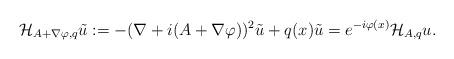
LaTeX: \begin{align*}\mathcal{H}_{A+\nabla\varphi,q}\tilde{u}:=-(\nabla +i(A+\nabla \varphi ))^2\tilde{u}+q(x)\tilde{u}= e^{-i\varphi (x)} \mathcal{H}_{A,q}u.\end{align*}